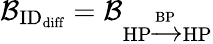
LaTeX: \mathcal{B}_{\textrm{ID}_{\textrm{diff}}}=\mathcal{B}_{\textrm{HP}\xrightarrow{\textrm{BP}}\textrm{HP}}